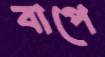
বাপে